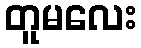
တူမလေး